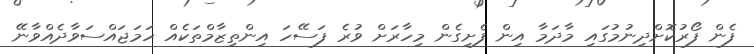
ފެން ފޯރުކޮށްދިނުމުގައި މާދަމާ އިން ފެށިގެން މިހާރަށް ވުރެ ފަސޭހަ އިންތިޒާމްތަކެއް ހަމަޖައްސަވާދެއްވާނޭ